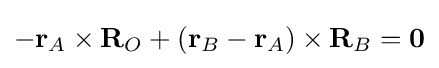
-\mathbf {r} _{A}\times \mathbf {R} _{O}+(\mathbf {r} _{B}-\mathbf {r} _{A})\times \mathbf {R} _{B}=\mathbf {0}